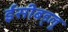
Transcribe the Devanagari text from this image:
ईसीबड्लू